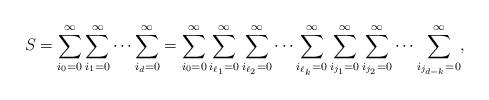
LaTeX: \begin{align*} S=\sum_{i_0=0}^\infty \sum_{i_1=0}^\infty \cdots \sum_{i_{d}= 0}^\infty= \sum_{i_0=0}^\infty \sum_{i_{\ell_1}=0}^\infty\sum_{i_{\ell_2}=0}^\infty \cdots \sum_{i_{\ell_k}= 0}^\infty\sum_{i_{j_1}=0}^\infty \sum_{i_{j_2}=0}^\infty \cdots \sum_{i_{j_{d-k}}=0}^\infty,\end{align*}